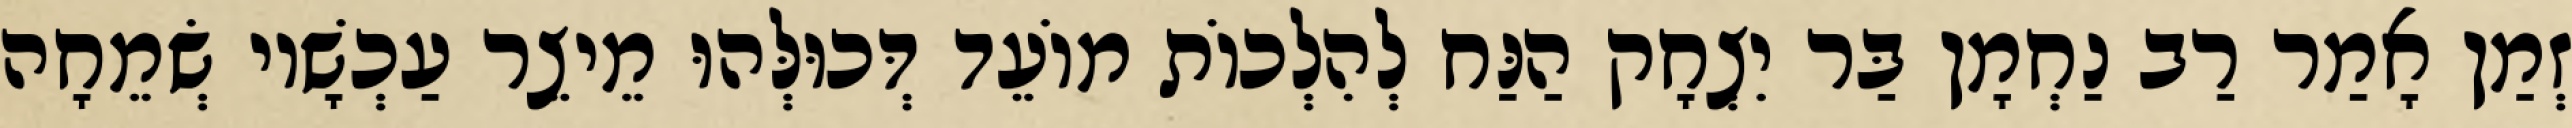
זְמַן אָמַר רַב נַחְמָן בַּר יִצְחָק הַנַּח לְהִלְכוֹת מוֹעֵד דְּכוּלְּהוּ מֵיצֵר עַכְשָׁיו שְׂמֵחָה